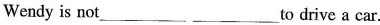
Wendy is not___ ___to drive a car.